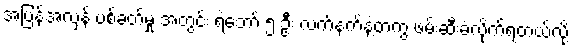
အပြန်အလှန် ပစ်ခတ်မှု အတွင်း ရဲဘော် ၅ ဦး လက်နက်နဲ့တကွ ဖမ်းဆီးခံလိုက်ရတယ်လို့